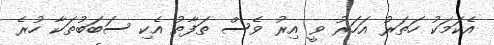
އެކަމަކު ހަތަރު އަހަރު ވީ އިރު ވެސް ތަފާތު އެކި ސަބަބުތަކާ ހުރެ